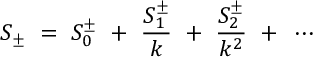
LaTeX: S _ { \pm } ~ = ~ S _ { 0 } ^ { \pm } ~ + ~ \frac { S _ { 1 } ^ { \pm } } { k } ~ + ~ \frac { S _ { 2 } ^ { \pm } } { k ^ { 2 } } ~ + ~ \cdots